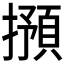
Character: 𱠽